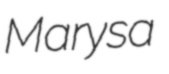
Marysa